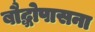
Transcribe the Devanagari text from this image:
बौद्धोपासना